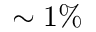
\sim 1 \%